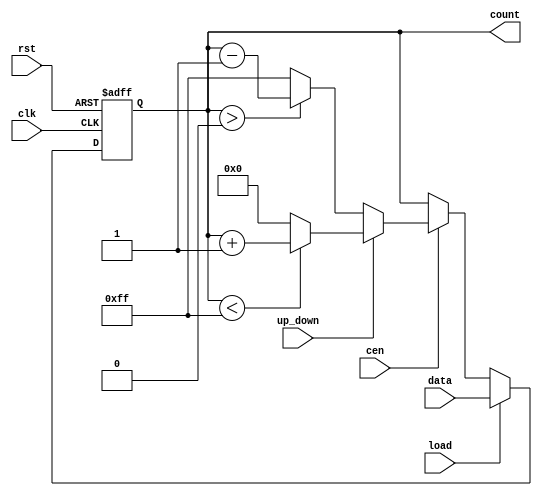
module SynchronousLoadCounter #(
    parameter WIDTH = 8,           // Bit width of the counter
    parameter MAX_COUNT = 255,     // Maximum count value for wrap-around
    parameter MIN_COUNT = 0        // Minimum count value for wrap-around
)(
    input wire clk,                // Clock signal
    input wire rst,                // Asynchronous reset
    input wire load,               // Load control signal
    input wire [WIDTH-1:0] data,   // Data input for loading
    input wire cen,                // Count enable signal
    input wire up_down,            // Control signal for counting direction (1 for up, 0 for down)
    output reg [WIDTH-1:0] count   // Current count value
);

    // Asynchronous reset
    always @(posedge clk or posedge rst) begin
        if (rst) begin
            count <= MIN_COUNT;     // Reset to minimum count value
        end else if (load) begin
            count <= data;          // Load the specified data value
        end else if (cen) begin
            if (up_down) begin
                // Up counting with wrap-around
                if (count < MAX_COUNT) begin
                    count <= count + 1;
                end else begin
                    count <= MIN_COUNT; // Wrap around to minimum
                end
            end else begin
                // Down counting with wrap-around
                if (count > MIN_COUNT) begin
                    count <= count - 1;
                end else begin
                    count <= MAX_COUNT; // Wrap around to maximum
                end
            end
        end
    end

endmodule